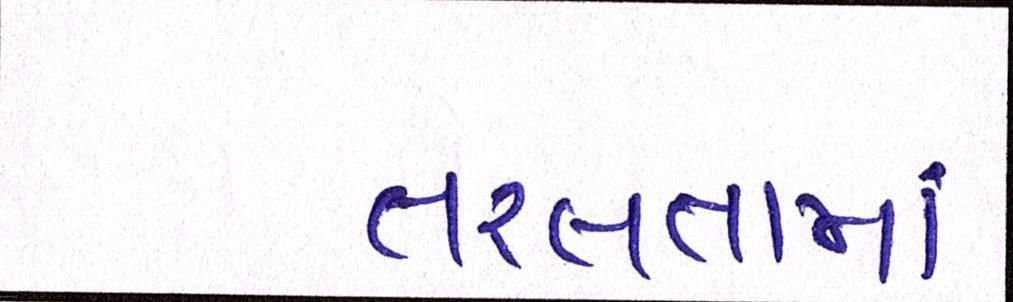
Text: તરલતામાં